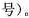
号)。